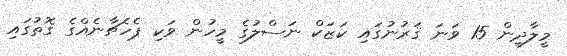
މީލާދީން 15 ވަނަ ޤަރުނުގައި ކަޒަކް ނަސްލުގެ މީހުން ވަކި ޕެހެޗާނެއްގެ ގޮތުގައި